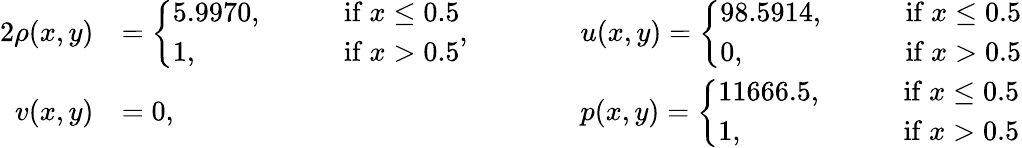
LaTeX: \begin{array}{rlrl}{{2}\rho(x,y)}&{=\left\{ \begin{array}{ll}{5.9970,\qquad}&{\mathrm{if~}x\le 0.5}\\ {1,}&{\mathrm{if~}x>0.5}\end{array}\right.,\qquad}&&{u(x,y)=\left\{ \begin{array}{ll}{98.5914,\qquad}&{\mathrm{if~}x\le 0.5}\\ {0,}&{\mathrm{if~}x>0.5}\end{array}\right.}\\ {v(x,y)}&{=0,\qquad}&&{p(x,y)=\left\{ \begin{array}{ll}{11666.5,\qquad}&{\mathrm{if~}x\le 0.5}\\ {1,}&{\mathrm{if~}x>0.5}\end{array}\right.}\end{array}